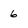
Character: 6